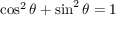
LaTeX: \cos ^ { 2 } \theta + \sin ^ { 2 } \theta = 1